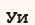
Уи